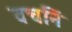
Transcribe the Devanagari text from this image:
वचनिं